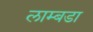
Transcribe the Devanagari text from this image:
लाम्बडा